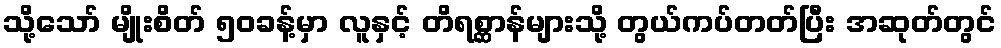
သို့သော် မျိုးစိတ် ၅၀ခန့်မှာ လူနှင့် တိရစ္ဆာန်များသို့ တွယ်ကပ်တတ်ပြီး အဆုတ်တွင်